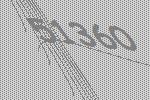
51360